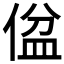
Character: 𪝕